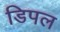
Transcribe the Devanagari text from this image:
डिपल